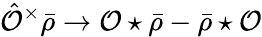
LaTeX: \hat{\mathcal{O}}^{\times}\bar{\rho}\rightarrow\mathcal{O}\star\bar{\rho}-\bar{\rho}\star\mathcal{O}